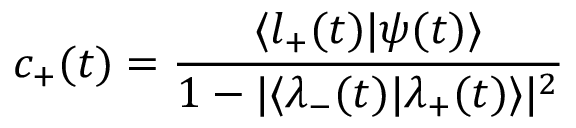
c _ { + } ( t ) = \frac { \langle l _ { + } ( t ) | \psi ( t ) \rangle } { 1 - | \langle \lambda _ { - } ( t ) | \lambda _ { + } ( t ) \rangle | ^ { 2 } }